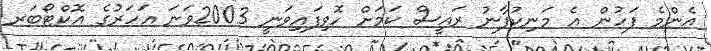
އެންމެ ފަހުން އެ މަނިކުފާނު ރައީސް ކަމަށް ހޮވިފައިވަނީ 2003ވަނަ އަހަރުގެ އޮކްޓޯބަރ